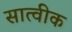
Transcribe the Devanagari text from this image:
सात्वीक